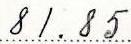
81.85